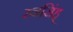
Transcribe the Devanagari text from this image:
रनसिंह्